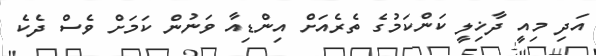
އަދި މިއީ ދާޚިލީ ކަންކަމުގެ ތެރެއަށް އިންޑިއާ ވަނުން ކަމަށް ވެސް ދެކެ